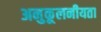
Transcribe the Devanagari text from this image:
अनुकूलनीयता